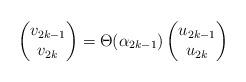
LaTeX: \begin{align*} \begin{pmatrix} v_{2k-1} \\ v_{2k} \end{pmatrix}=\Theta(\alpha_{2k-1})\begin{pmatrix} u_{2k-1} \\ u_{2k} \end{pmatrix}\end{align*}